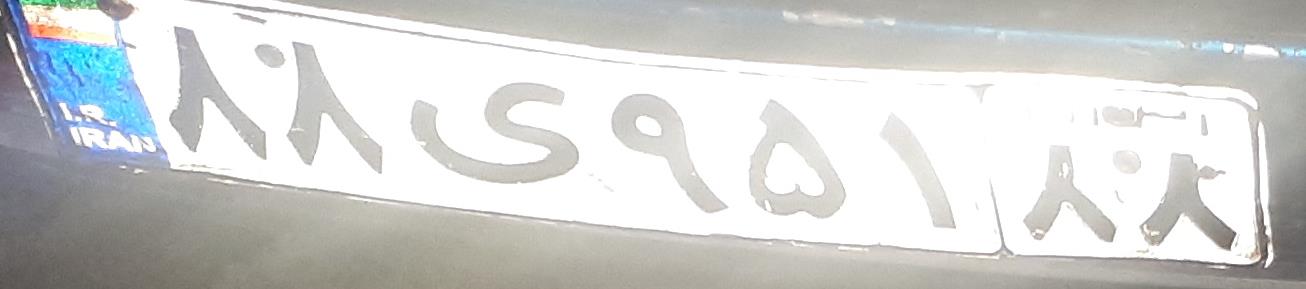
۸۸ی۹۵۱۸۸